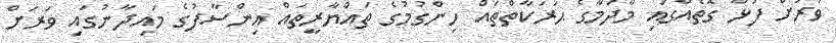
ވަރަށް ފުޅާ ގޮތެއްގައި މާދަމާގެ ޙަރަކާތްތައް ހިންގުމުގެ ތައްޔާރީތައް އިންސާފުގެ މައިދާނުގައި ވަރަށް